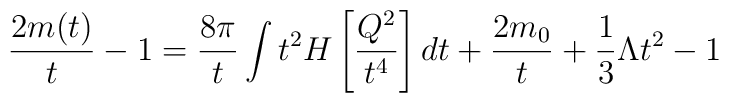
\frac{2m(t)}{t}-1=\frac{8\pi}{t}\int t^2H\left[\frac{Q^2}{t^4}\right]dt+\frac{2m_0}{t}+\frac{1}{3}\Lambda t^2-1